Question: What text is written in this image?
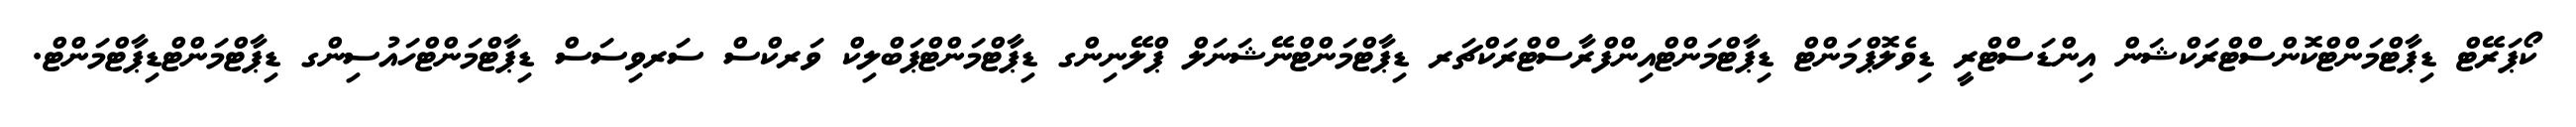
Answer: ކޯޕަރޭޓް ޑިޕާޓްމަންޓްކޮންސްޓްރަކްޝަން އިންޑަސްޓްރީ ޑިވެލޮޕްމަންޓް ޑިޕާޓްމަންޓްއިންފްރާސްޓްރަކްޗަރ ޑިޕާޓްމަންޓްނޭޝަނަލް ޕްލޭނިންގ ޑިޕާޓްމަންޓްޕަބްލިކް ވަރކްސް ސަރވިސަސް ޑިޕާޓްމަންޓްހައުސިންގ ޑިޕާޓްމަންޓްޑިޕާޓްމަންޓް.